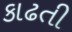
કાઢતી